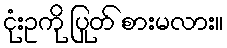
ငုံးဥကို ပြုတ် စားမလား။